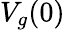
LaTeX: V_{g}(0)